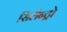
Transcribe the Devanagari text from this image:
सिलैन्ट्रो